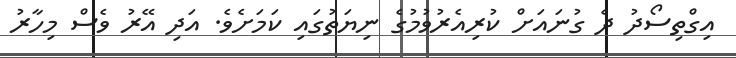
އިގްތިސޯދު ދެ ގުނައަށް ކުރިއެރުވުމުގެ ނިޔަތުގައި ކަމަށެވެ. އަދި އޭރު ވެސް މިހާރު